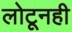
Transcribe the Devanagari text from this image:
लोटूनही